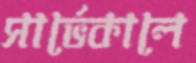
সার্ভেকালে